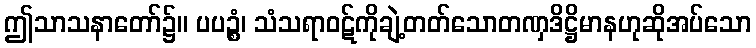
ဤသာသနာတော်၌။ ပပဉ္စံ၊ သံသရာဝဋ်ကိုချဲ့တတ်သောတဏှဒိဋ္ဌိမာနဟုဆိုအပ်သော